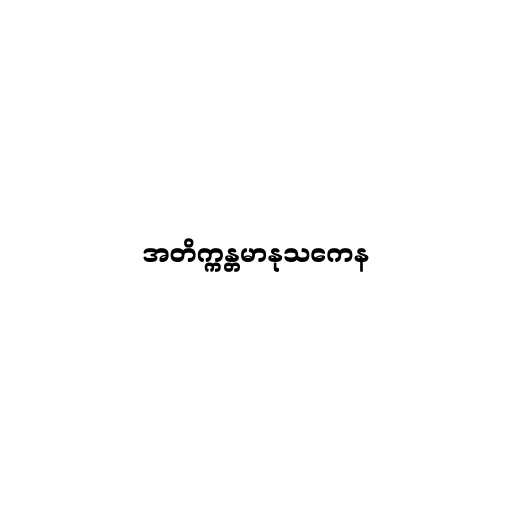
အတိက္ကန္တမာနုသကေန